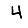
Digit: 4